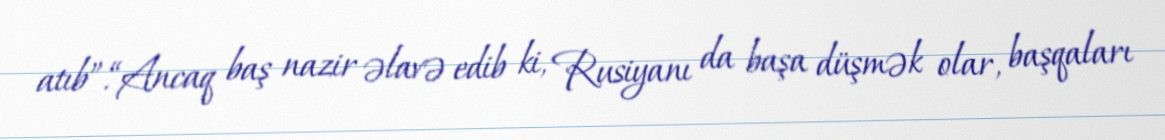
atıb”.“Ancaq baş nazir əlavə edib ki, Rusiyanı da başa düşmək olar, başqaları